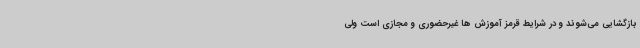
بازگشایی می‌شوند و در شرایط قرمز آموزش ها غیرحضوری و مجازی است ولی